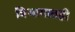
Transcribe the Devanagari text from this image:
विभागातही